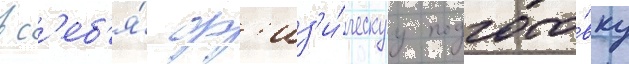
в с'еб'я́ ф'из'и́ческуу подгото́вку